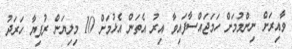
ވާއިރަށް ނިންމުމަށް ހަމަޖައްސާފައިވާ އިރު އެތަން އެޅުމަށް 10 މިލިޔަން ރުފިޔާ ހަރަދު